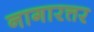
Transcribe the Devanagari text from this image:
नागारत्तर